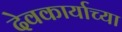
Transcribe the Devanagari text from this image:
देवकार्याच्या